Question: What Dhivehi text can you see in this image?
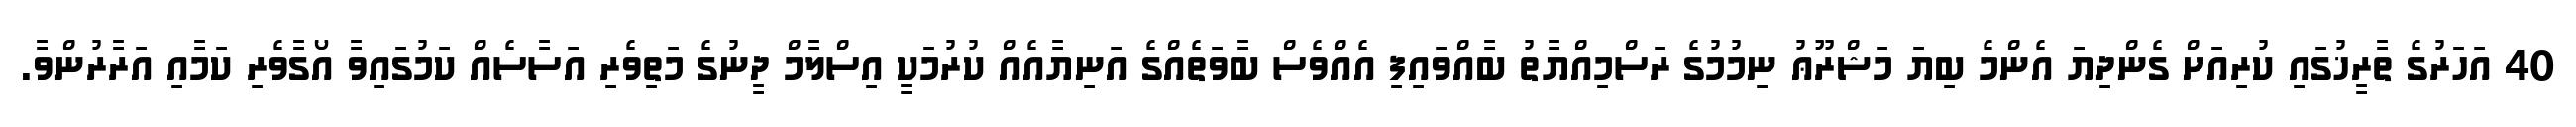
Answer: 40 އަހަރުގެ ތާރީޚުގައި ކުރިއަށް ގެންދިޔަ އެންމެ ބިޔަ މަޝްރޫޢު ނިމުމުގެ ރަސްމިއްޔާތު ބާއްވައިފި އެއްވެސް ބާވަތެއްގެ އަނިޔާއެއް ކުރުމަކީ އިސްލާމް ދީނުގެ މަތިވެރި އަސާސެއް ކަމުގައިވާ އޯގާވެރި ކަމާއި އަރާރުންވާ.